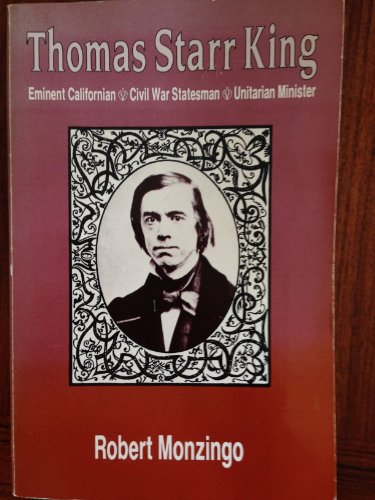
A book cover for Thomas Starr King: Eminent Californian, Civil War Statesman, Unitarian Minister; Robert A. Monzingo; Religion & Spirituality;